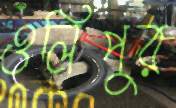
ওলিপুর